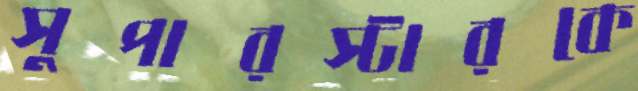
সুপারস্টারকে